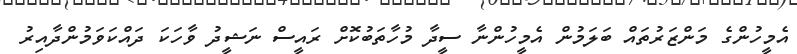
އެމީހުންގެ މަންޒަރުތައް ބަލަމުން އެމީހުންނާ ސީދާ މުހާތަބުކޮށް ރައީސް ނަޝީދު ވާހަކަ ދައްކަވަމުންދާއިރު